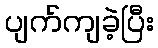
ပျက်ကျခဲ့ပြီး